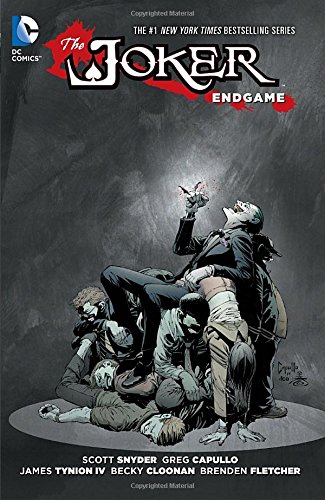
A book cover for The Joker: Endgame; James Tynion; Comics & Graphic Novels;